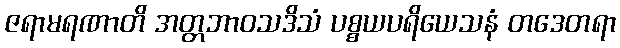
ဇရာမရဏာတိ အတ္တဘာဝသဒိသံ ပစ္စယပရိယေသနံ တဒေတရာ